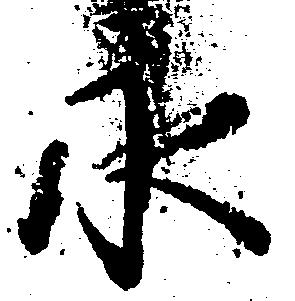
永